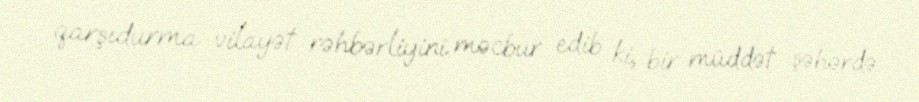
qarşıdurma vilayət rəhbərliyini məcbur edib ki, bir müddət şəhərdə